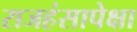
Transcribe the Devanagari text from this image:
राजहंसापेक्षा